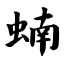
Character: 蝻